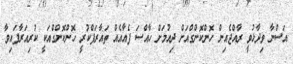
އަސްނާ ވިދާޅުވީ ރާއްޖެއިން ހޮންކޮންގްއަށް ދިއުމަށް ހާއްސަ ފެއާއެއް ތައާރަފްކުރީ ހޮންކޮންގްއަކީ ކުރިއަރާފައިވާ